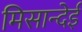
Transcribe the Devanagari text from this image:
मिसान्देई